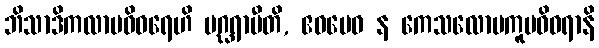
ဘိသာဒိကလာပဝိဝရေဟိ ပဂ္ဃရာမီတိ, ဧဝမေဝ န ကေသလောမကူပဝိဝရာနိ